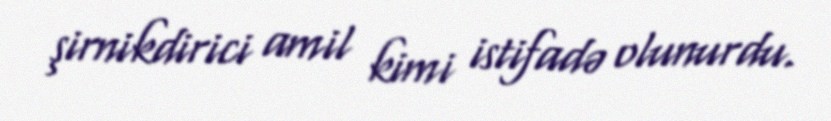
şirnikdirici amil kimi istifadə olunurdu.